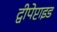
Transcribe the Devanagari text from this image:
द्वीपेप्टाइड